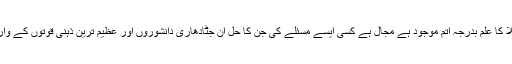
اِن گیانیوں کے پاس بلا کا علم بدرجہ اَتم موجود ہے مجال ہے کسی ایسے مسئلے کی جِن کا حل اِن جٹادھاری دانشوروں اور عظیم ترین ذہنی قوتوں کے وارثوں کے پاس نہ ہوں۔